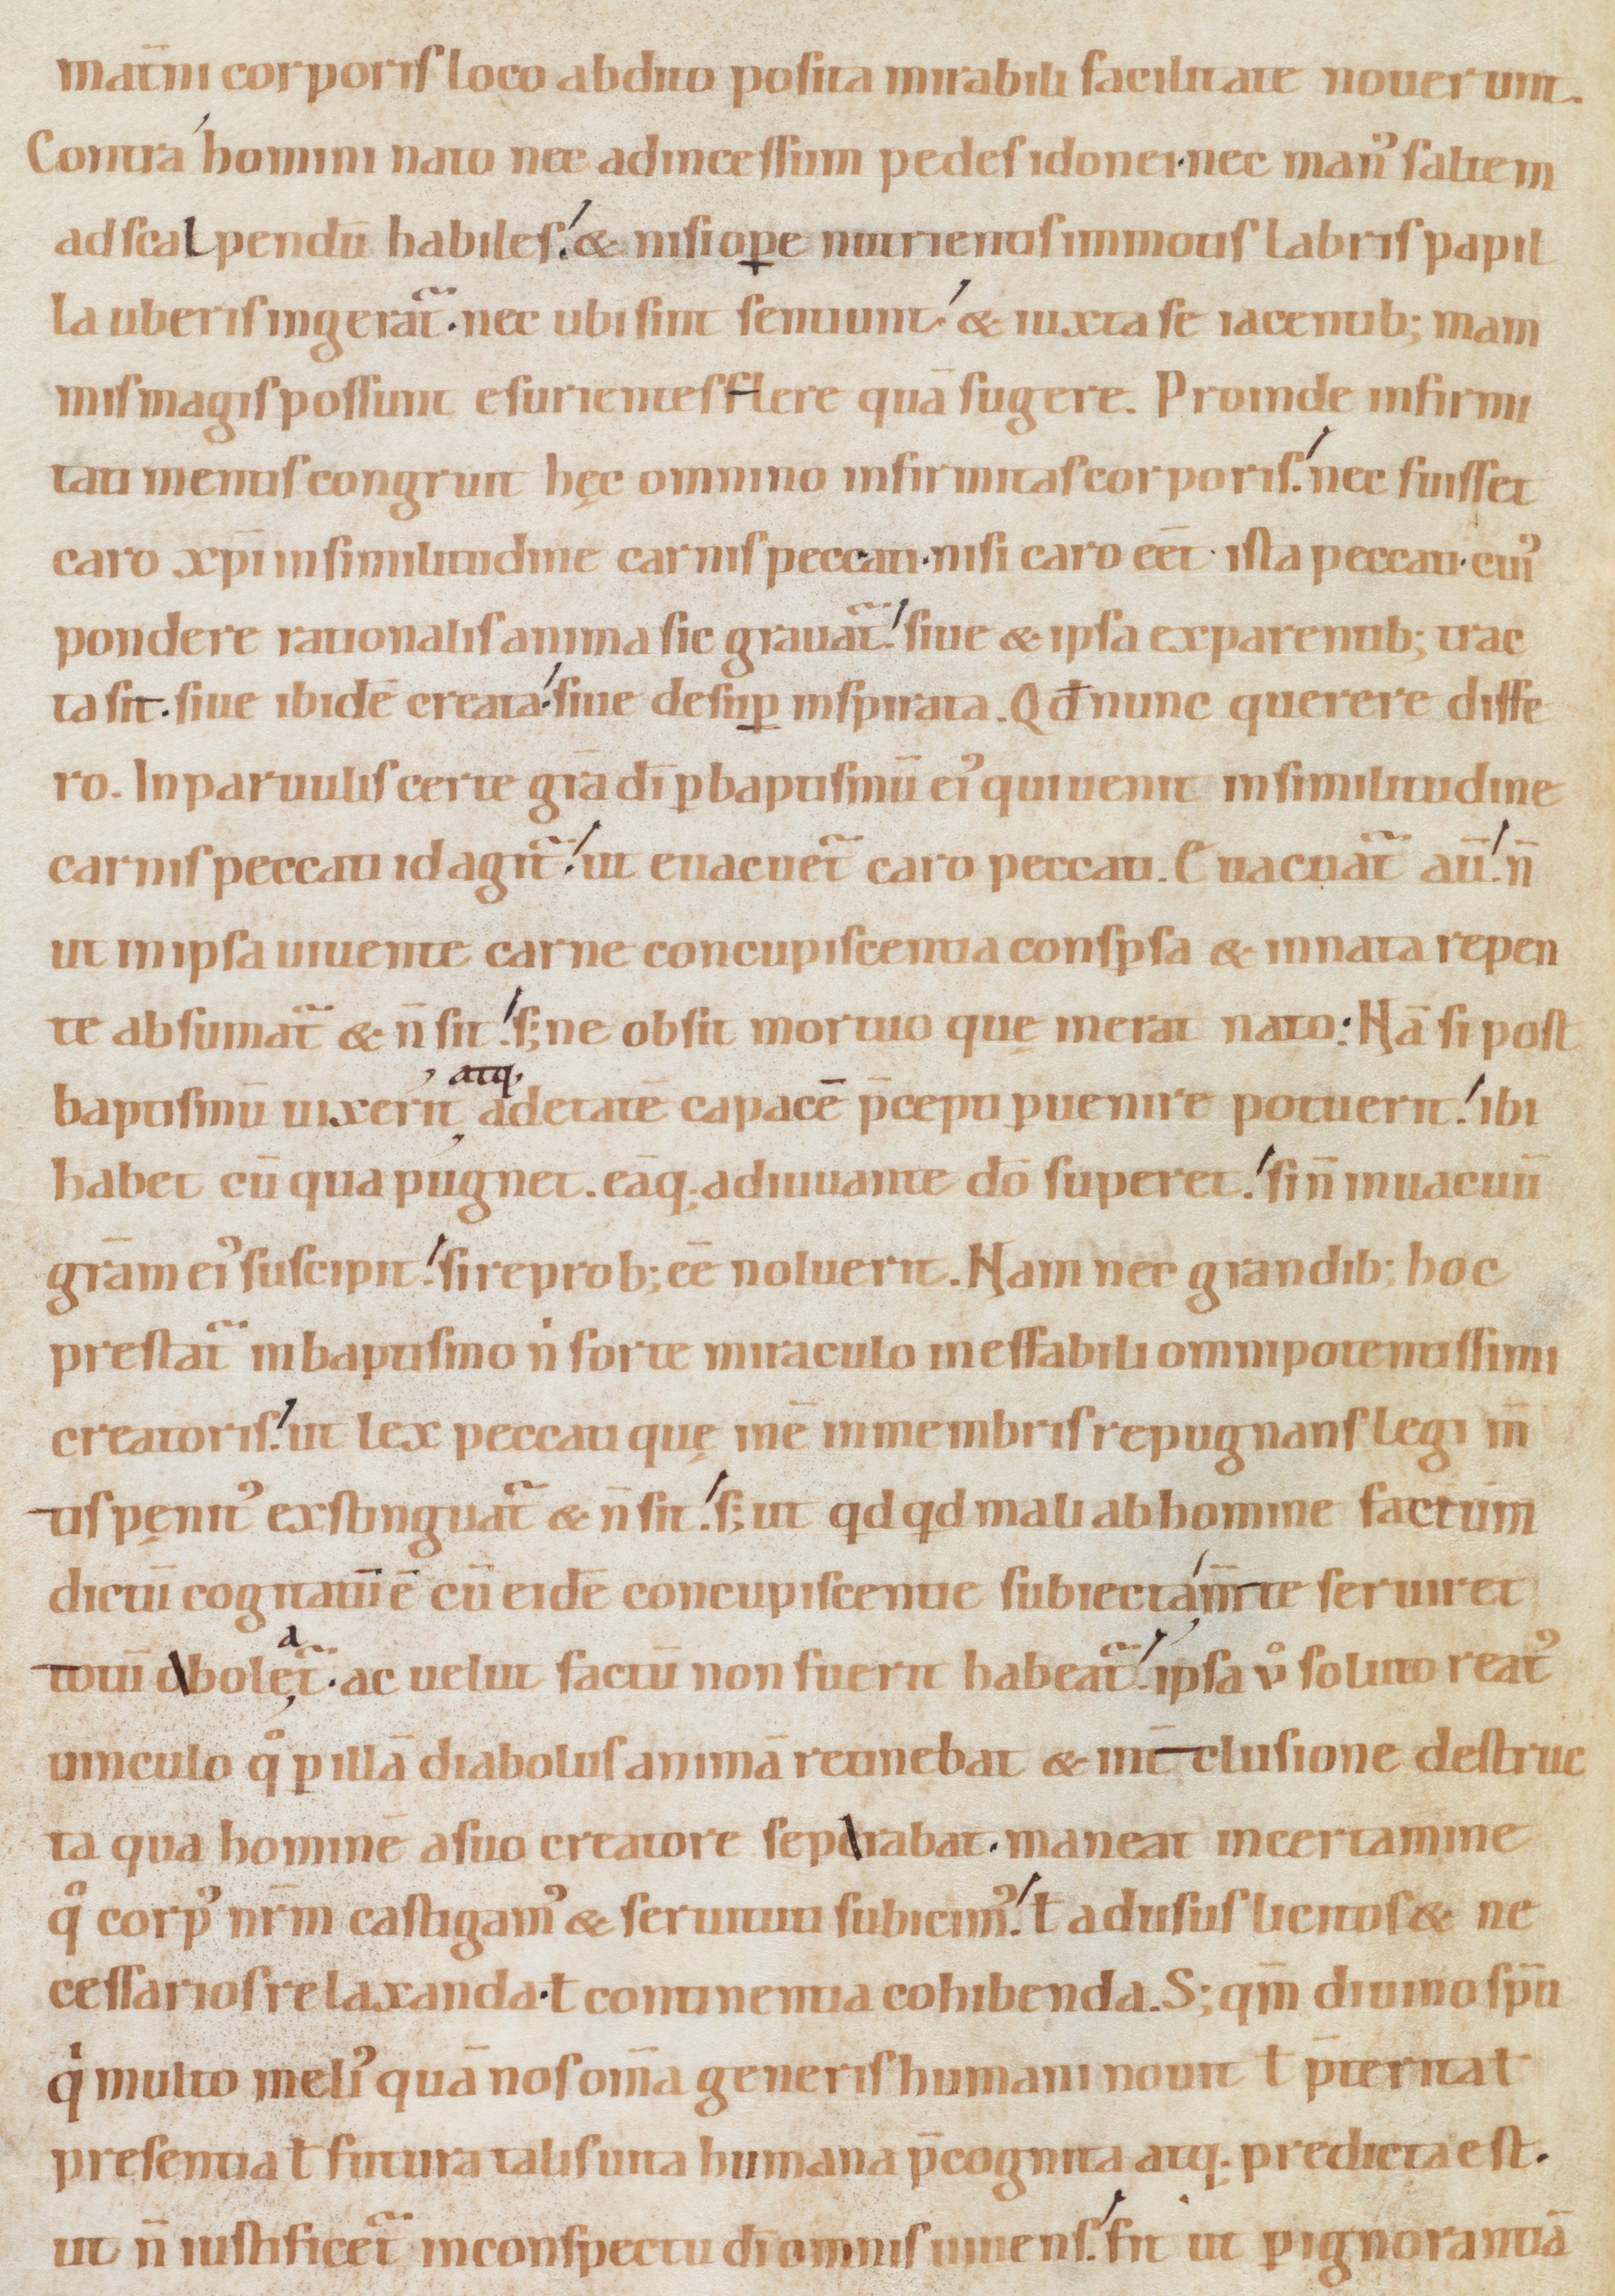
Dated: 1080–1096